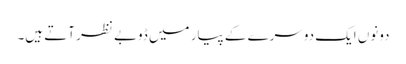
دونوں ایک دوسرے کے پیار میں ڈوبے نظر آتے ہیں۔